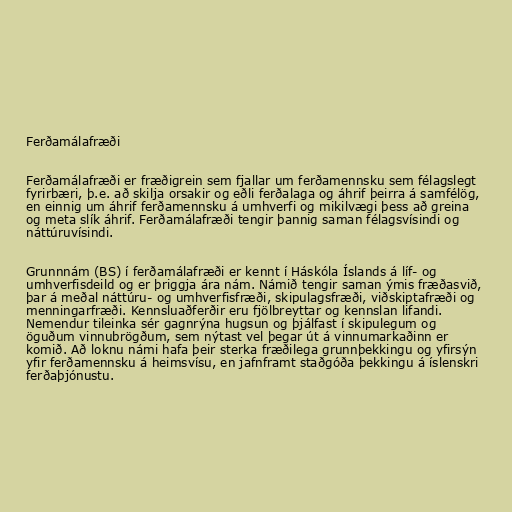
Ferðamálafræði

Ferðamálafræði er fræðigrein sem fjallar um ferðamennsku sem félagslegt
fyrirbæri, þ.e. að skilja orsakir og eðli ferðalaga og áhrif þeirra á samfélög,
en einnig um áhrif ferðamennsku á umhverfi og mikilvægi þess að greina
og meta slík áhrif. Ferðamálafræði tengir þannig saman félagsvísindi og
náttúruvísindi.

Grunnnám (BS) í ferðamálafræði er kennt í Háskóla Íslands á líf- og
umhverfisdeild og er þriggja ára nám. Námið tengir saman ýmis fræðasvið,
þar á meðal náttúru- og umhverfisfræði, skipulagsfræði, viðskiptafræði og
menningarfræði. Kennsluaðferðir eru fjölbreyttar og kennslan lifandi.
Nemendur tileinka sér gagnrýna hugsun og þjálfast í skipulegum og
öguðum vinnubrögðum, sem nýtast vel þegar út á vinnumarkaðinn er
komið. Að loknu námi hafa þeir sterka fræðilega grunnþekkingu og yfirsýn
yfir ferðamennsku á heimsvísu, en jafnframt staðgóða þekkingu á íslenskri
ferðaþjónustu.